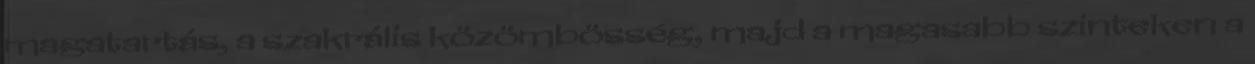
magatartás, a szakrális közömbösség, majd a magasabb szinteken a